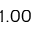
1 . 0 0